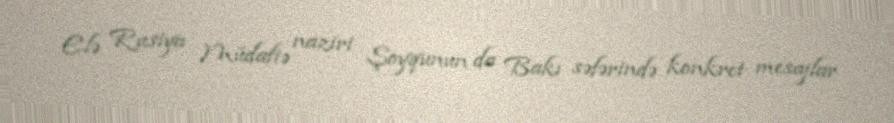
Elə Rusiya Müdafiə naziri Şoyqunun da Bakı səfərində konkret mesajlar